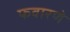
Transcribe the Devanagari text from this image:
फवारणे